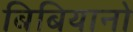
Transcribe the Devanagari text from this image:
बिबियानो